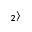
_ { 2 } \rangle